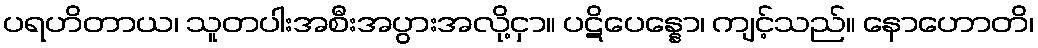
ပရဟိတာယ၊ သူတပါးအစီးအပွားအလို့ငှာ။ ပဋိပေန္နော၊ ကျင့်သည်။ နောဟောတိ၊